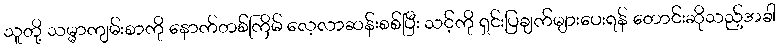
သူတို့ သမ္မာကျမ်းစာကို နောက်တစ်ကြိမ် လေ့လာဆန်းစစ်ပြီး သင့်ကို ရှင်းပြချက်များပေးရန် တောင်းဆိုသည့်အခါ